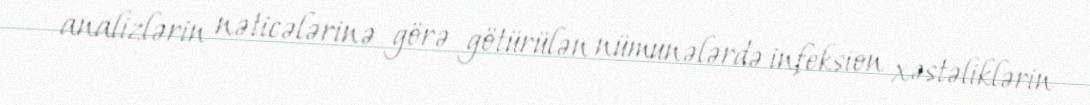
analizlərin nəticələrinə görə götürülən nümunələrdə infeksion xəstəliklərin